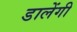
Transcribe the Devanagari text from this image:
डालेंगी